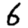
Digit: 6